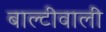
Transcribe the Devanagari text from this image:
बाल्टीवाली